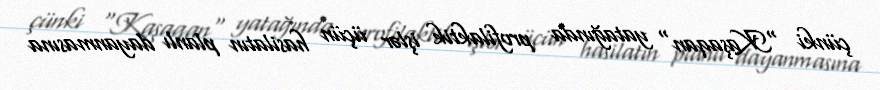
çünki "Kaşaqan" yatağında profilaktik işlər üçün hasilatın planlı dayanmasına